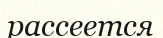
рассеется